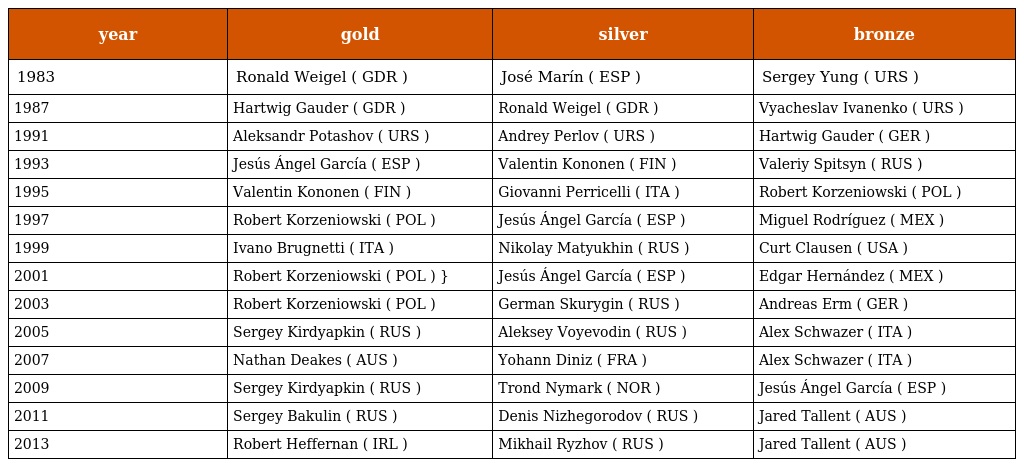
| year | gold | silver | bronze |
 | --- | --- | --- | --- |
 | 1983 | Ronald Weigel ( GDR ) | José Marín ( ESP ) | Sergey Yung ( URS ) |
 | 1987 | Hartwig Gauder ( GDR ) | Ronald Weigel ( GDR ) | Vyacheslav Ivanenko ( URS ) |
 | 1991 | Aleksandr Potashov ( URS ) | Andrey Perlov ( URS ) | Hartwig Gauder ( GER ) |
 | 1993 | Jesús Ángel García ( ESP ) | Valentin Kononen ( FIN ) | Valeriy Spitsyn ( RUS ) |
 | 1995 | Valentin Kononen ( FIN ) | Giovanni Perricelli ( ITA ) | Robert Korzeniowski ( POL ) |
 | 1997 | Robert Korzeniowski ( POL ) | Jesús Ángel García ( ESP ) | Miguel Rodríguez ( MEX ) |
 | 1999 | Ivano Brugnetti ( ITA ) | Nikolay Matyukhin ( RUS ) | Curt Clausen ( USA ) |
 | 2001 | Robert Korzeniowski ( POL ) } | Jesús Ángel García ( ESP ) | Edgar Hernández ( MEX ) |
 | 2003 | Robert Korzeniowski ( POL ) | German Skurygin ( RUS ) | Andreas Erm ( GER ) |
 | 2005 | Sergey Kirdyapkin ( RUS ) | Aleksey Voyevodin ( RUS ) | Alex Schwazer ( ITA ) |
 | 2007 | Nathan Deakes ( AUS ) | Yohann Diniz ( FRA ) | Alex Schwazer ( ITA ) |
 | 2009 | Sergey Kirdyapkin ( RUS ) | Trond Nymark ( NOR ) | Jesús Ángel García ( ESP ) |
 | 2011 | Sergey Bakulin ( RUS ) | Denis Nizhegorodov ( RUS ) | Jared Tallent ( AUS ) |
 | 2013 | Robert Heffernan ( IRL ) | Mikhail Ryzhov ( RUS ) | Jared Tallent ( AUS ) |